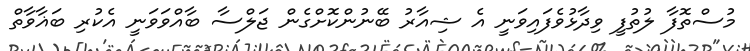
މުސްތޮފާ ލުތުފީ ވިދާޅުވެފައިވަނީ އެ ޝިއާރު ބޭނުންކޮށްގެން ޖަލްސާ ބާއްވަވަނީ އެކުރި ބަޣާވާތް